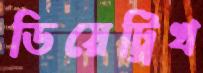
ডিয়েট্রিখ